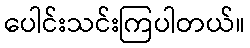
ပေါင်းသင်းကြပါတယ်။